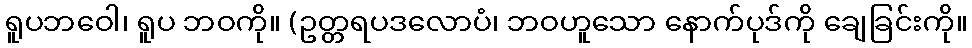
ရူပဘဝေါ၊ ရူပ ဘဝကို။ (ဥတ္တရပဒလောပံ၊ ဘဝဟူသော နောက်ပုဒ်ကို ချေခြင်းကို။